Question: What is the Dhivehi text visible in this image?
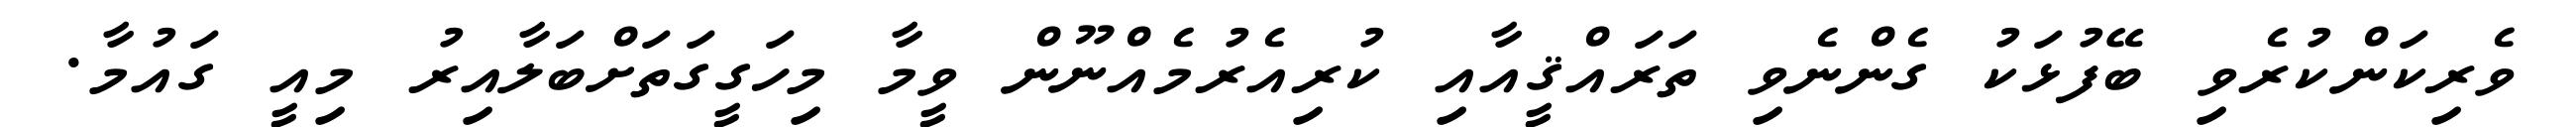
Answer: ވެރިކަންކުރެވި ބޭފުޅަކު ގެންނެވި ތަރައްޤީއާއި ކުރިއެރުމެއްނޫން ވީމާ މިހަގީގަތަށްބަލާއިރު މިއީ ގައުމާ.